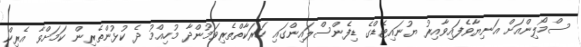
ސްމޯލިންއަށް އަނިޔާވެފައިވާއިރު ޔުނައިޓެޑްގެ ޑިފެންސްލައިންގައި ހަރަކާތްތެރިވަމުންދާ މުހިއްމު ދެ ކުޅުންތެރިން ކަމަށްވާ އެރިކް